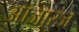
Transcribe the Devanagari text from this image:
आजारज